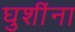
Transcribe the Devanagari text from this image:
घुशींना